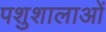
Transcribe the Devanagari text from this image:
पशुशालाओं